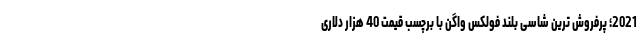
2021؛ پرفروش ترین شاسی بلند فولکس واگن با برچسب قیمت 40 هزار دلاری